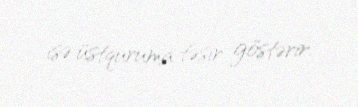
isə üstquruma təsir göstərir.